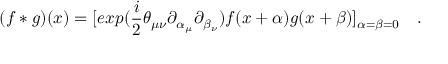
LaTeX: ( f * g ) ( x ) = [ e x p ( \frac { i } { 2 } \theta _ { \mu \nu } \partial _ { \alpha _ { \mu } } \partial _ { \beta _ { \nu } } ) f ( x + \alpha ) g ( x + \beta ) ] _ { \alpha = \beta = 0 } ~ ~ ~ .